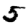
Digit: 5